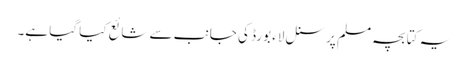
یہ کتابچہ مسلم پرسنل لاء بورڈ کی جانب سے شائع کیا گیا ہے۔